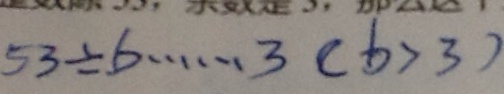
5 3 \div b \cdots 3 ( b > 3 )